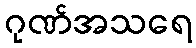
ဂုဏ်အသရေ